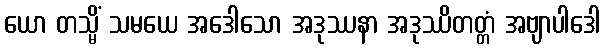
ယော တသ္မိံ သမယေ အဒေါသော အဒုဿနာ အဒုဿိတတ္တံ အဗျာပါဒေါ